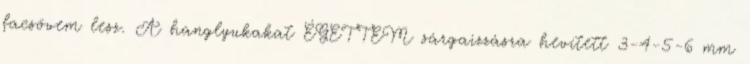
facsövem lesz. A hanglyukakat ÉGETTEM sárgaizzásra hevített 3-4-5-6 mm